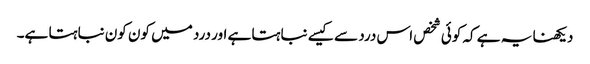
دیکھنا یہ ہے کہ کوئی شخص اس درد سے کیسے نباہتا ہے اور درد میں کون کون نباہتا ہے۔